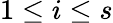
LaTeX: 1\le i\le s